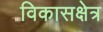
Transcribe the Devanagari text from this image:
विकासक्षेत्र